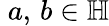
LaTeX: \; a,\, b\in\mathbb{H}